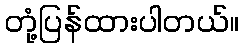
တုံ့ပြန်ထားပါတယ်။